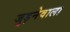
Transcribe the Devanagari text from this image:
जुड़नेवाला